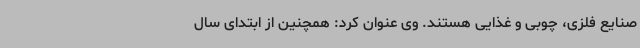
صنایع فلزی، چوبی و غذایی هستند. وی عنوان کرد: همچنین از ابتدای سال